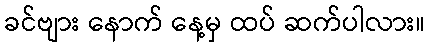
ခင်ဗျား နောက် နေ့မှ ထပ် ဆက်ပါလား။